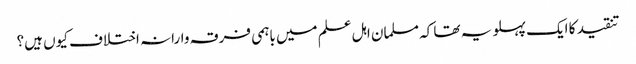
تنقید کا ایک پہلو یہ تھا کہ مسلمان اہل علم میں باہمی فرقہ وارانہ اختلاف کیوں ہیں؟